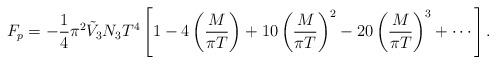
LaTeX: \begin{align*}F_p=-\frac{1}{4}\pi^2 \tilde{V}_3 N_3T^4 \left[ 1 - 4 \left( \frac{ M}{\pi T}\right) + 10 \left(\frac{M}{\pi T}\right)^2 - 20 \left( \frac{M}{\pi T} \right)^3 + \cdots \right].\end{align*}